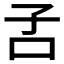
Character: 𡥄